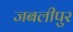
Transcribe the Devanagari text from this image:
जबलीपुर